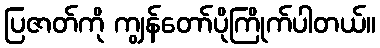
ပြဇာတ်ကို ကျွန်တော်ပိုကြိုက်ပါတယ်။